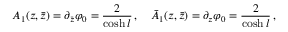
A _ { 1 } ( z , \bar { z } ) = \partial _ { \bar { z } } \varphi _ { 0 } = \frac { 2 } { \cosh { l } } \, , \quad \bar { A } _ { 1 } ( z , \bar { z } ) = \partial _ { z } \varphi _ { 0 } = \frac { 2 } { \cosh { l } } \, ,